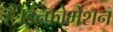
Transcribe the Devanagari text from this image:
हैं।इन्फोर्मेशन